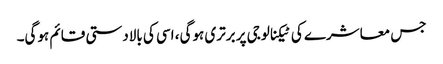
جس معاشرے کی ٹیکنالوجی پر برتری ہوگی، اسی کی بالادستی قائم ہوگی۔